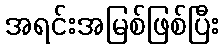
အရင်းအမြစ်ဖြစ်ပြီး